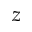
z